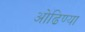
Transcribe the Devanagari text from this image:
ओढिण्या